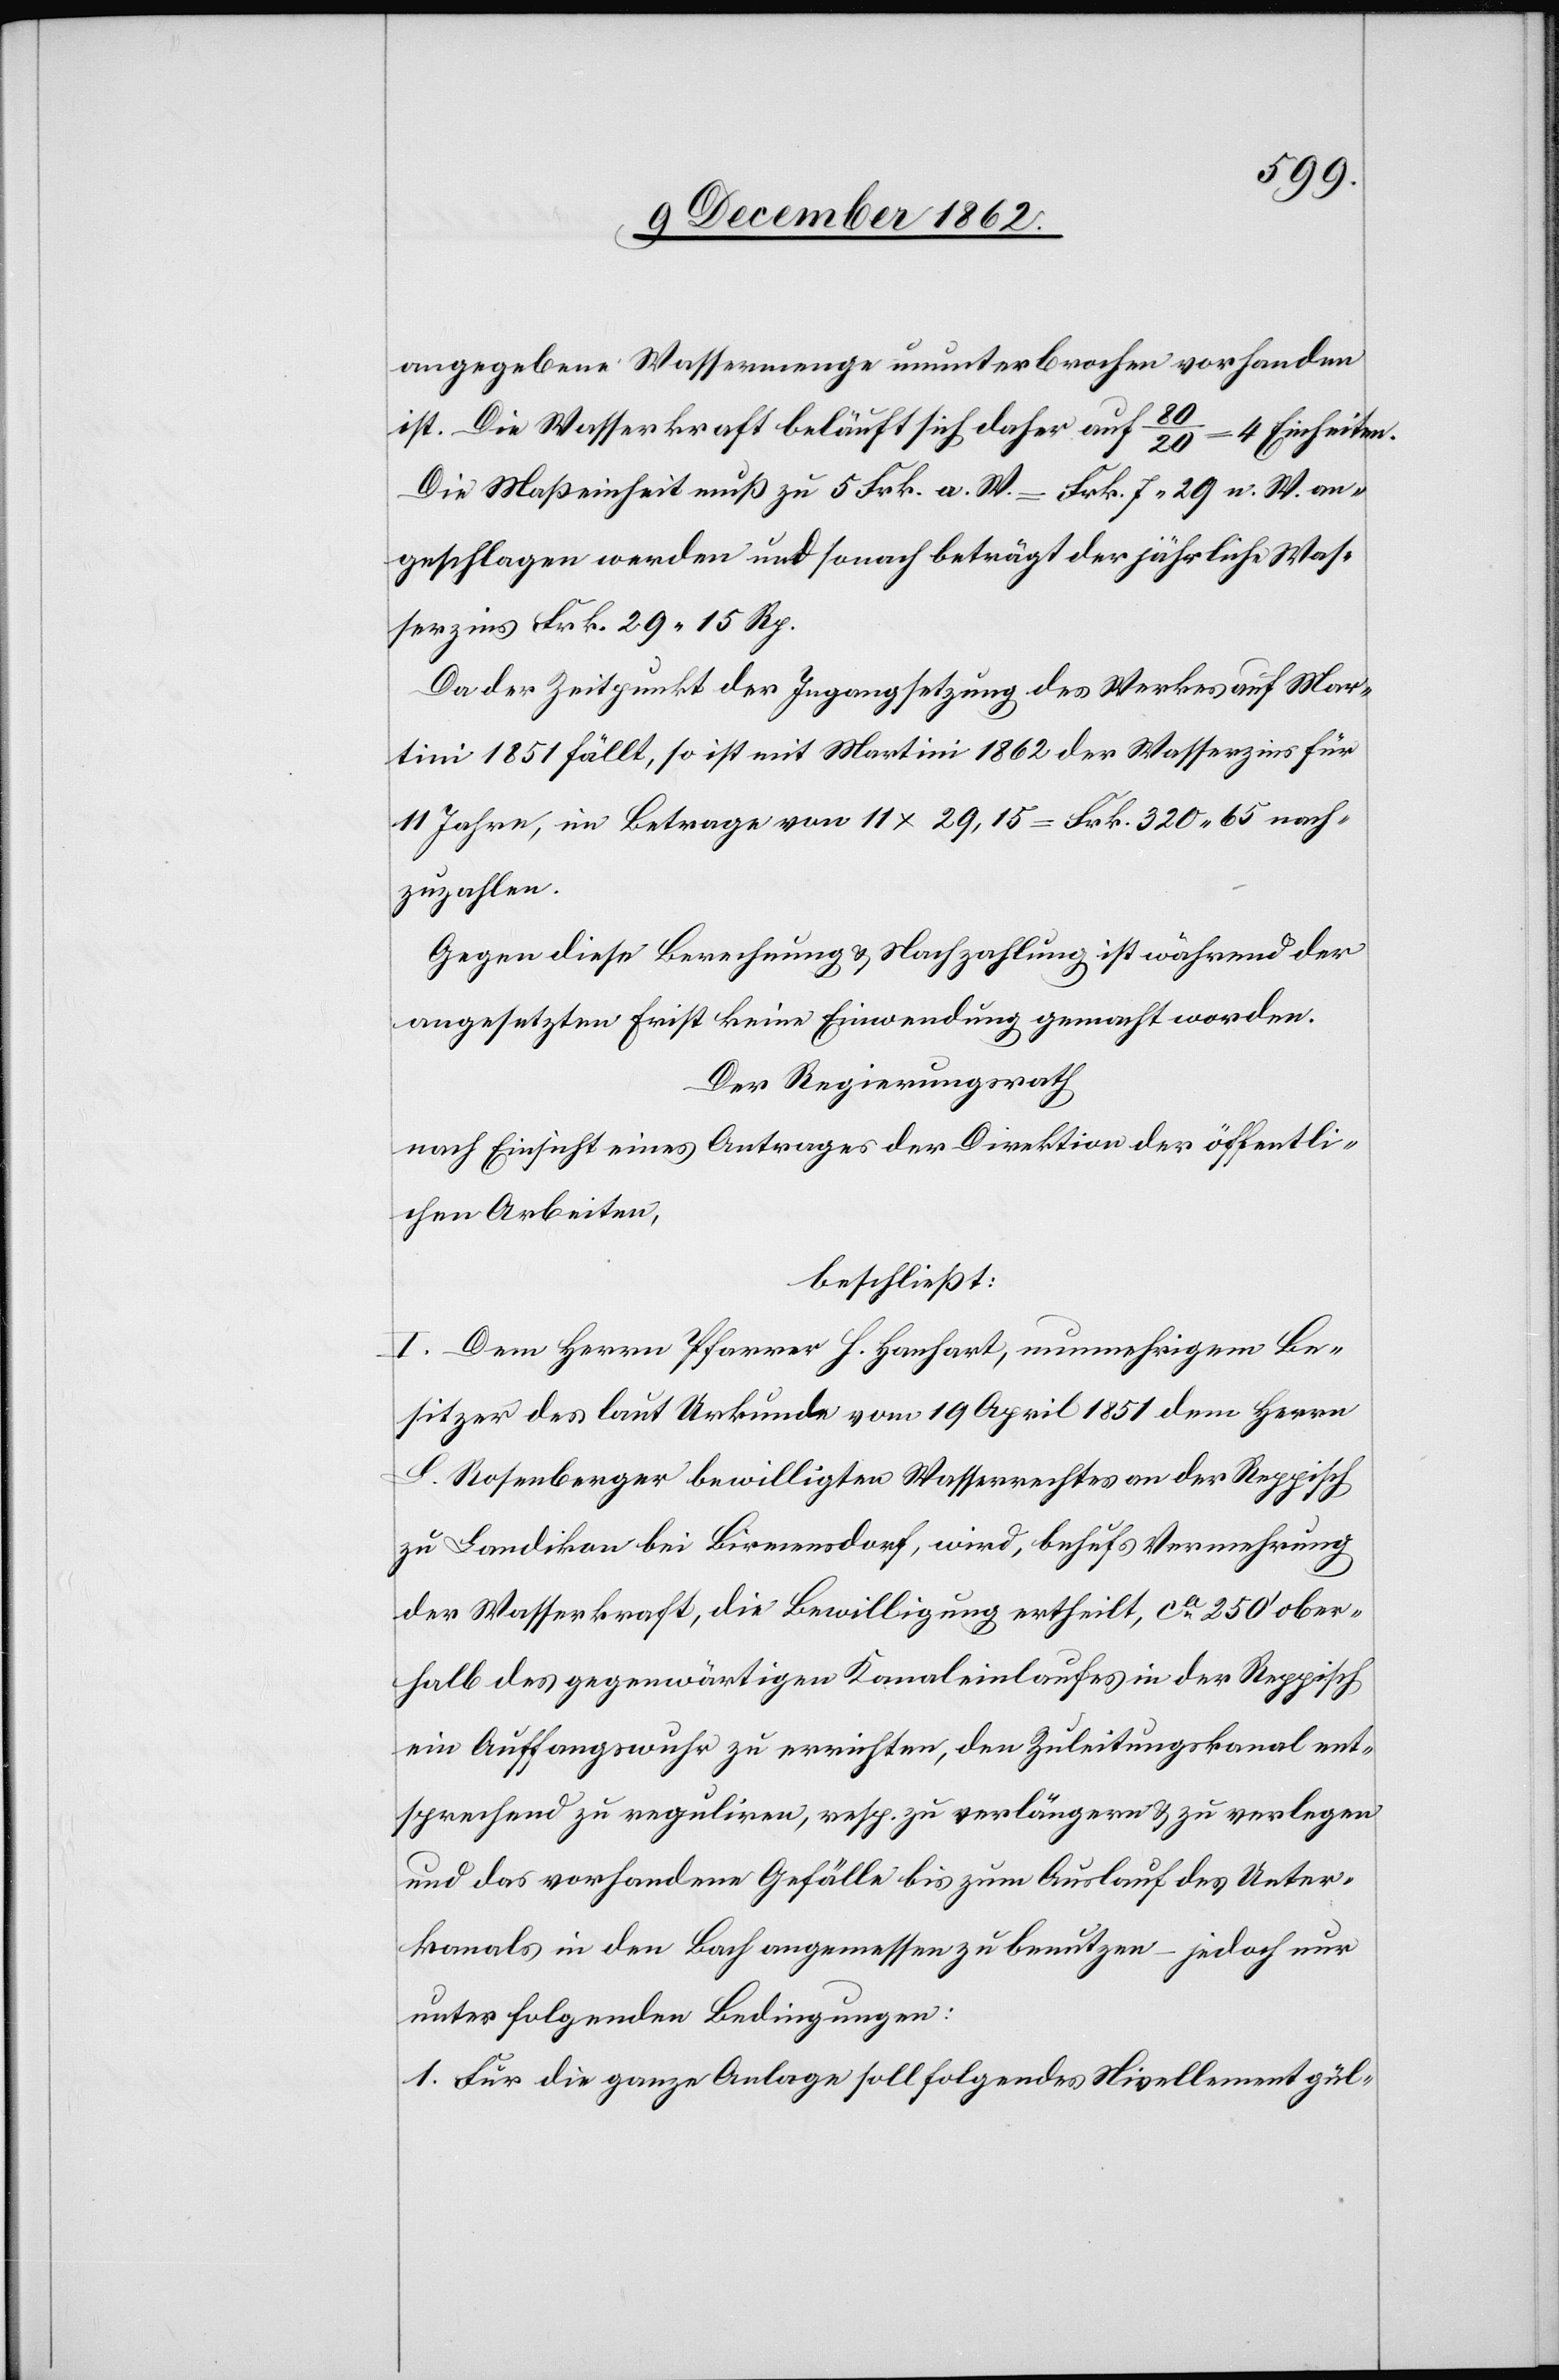
angegebene Wassermenge unterbrochen vorhanden
ist. Die Wasserkraft beläuft sich daher auf 80/20 = 4 Einheiten.
Die Maßeinheit muß zu 5 Frk. a. W. = Frk. 7 29 n. W. an¬
geschlagen werden und sonach beträgt der jährliche Was¬
serzins Frk. 29 15 Rp.
Da der Zeitpunkt der Ingangsetzung des Werkes auf Mar¬
tini 1851 fällt, so ist mit Martini 1862 der Wasserzins für
11 Jahre, im Betrage von 11x29,15 = Frk. 320 65 nach¬
zuzahlen.
Gegen diese Berechnung u. Nachzahlung ist während der
angesetzten Frist keine Einwendung gemacht worden.
Der Regierungsrath
nach Einsicht eines Antrages der Direktion der öffentli¬
chen Arbeiten,
beschließt:
I. Dem Herrn Pfarrer H. Hanhart, nunmehrigem Be¬
sitzer des laut Urkunde vom 19. April 1851 Herrn
L. Rosenberger bewilligten Wasserrechtes an der Reppisch
zu Landikon bei Birmensdorf, wird, behufs Vermehrung
der Wasserkraft, die Bewilligung ertheilt, ca 250’ ober¬
halb des gegenwärtigen Kanaleinlaufes in der Reppisch
ein Auffangswuhr zu errichten, den Zuleitungskanal ent¬
sprechend zu reguliren, resp. zu verlängern u. zu verlegen
und das vorhandene Gefälle bis zum Auslauf des Unter¬
kanals in den Bach angemessen zu benutzen – jedoch nur
unter folgenden Bedingungen:
1. Für die ganze Anlage soll folgendes Nivellement gül-